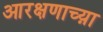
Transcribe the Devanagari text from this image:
आरक्षणाच्य़ा